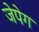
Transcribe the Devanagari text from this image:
जेपेग